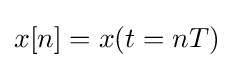
x[n]=x(t=nT)